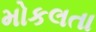
મોકલતા